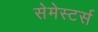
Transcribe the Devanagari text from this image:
सेमेस्टर्स